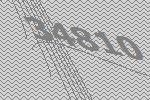
34810